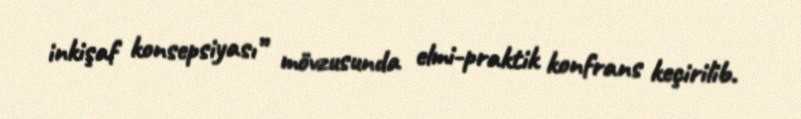
inkişaf konsepsiyası” mövzusunda elmi-praktik konfrans keçirilib.